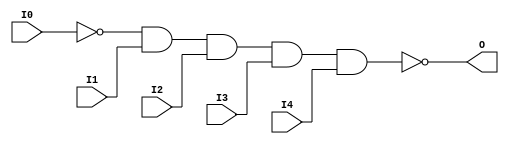
// $Header: /devl/xcs/repo/env/Databases/CAEInterfaces/verunilibs/s/NAND5B1.v,v 1.8 2003/01/21 01:55:29 wloo Exp $

/*

FUNCTION	: 5-INPUT NAND GATE

*/

`timescale  100 ps / 10 ps


module NAND5B1 (O, I0, I1, I2, I3, I4);

    output O;

    input  I0, I1, I2, I3, I4;

    not N0 (i0_inv, I0);
    nand A1 (O, i0_inv, I1, I2, I3, I4);

    specify
	(I0 *> O) = (0, 0);
	(I1 *> O) = (0, 0);
	(I2 *> O) = (0, 0);
	(I3 *> O) = (0, 0);
	(I4 *> O) = (0, 0);
    endspecify

endmodule